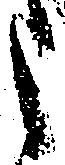
う